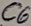
Text: C6